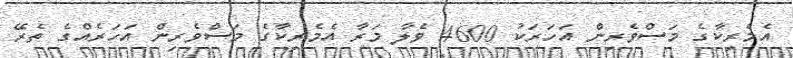
އެމެރިކާގެ މަސްވެރިން އަހަރަކު 4600 ވެލާ މަރާ އެމެރިކާގެ މަސްވެރިން އަހަރެއްގެ ތެރޭ